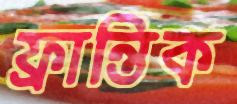
ফ্রান্তিক